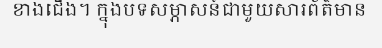
ខាងជើង។ ក្នុងបទសម្ភាសន៍ជាមួយសារព័ត៌មាន